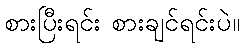
စားပြီးရင်း စားချင်ရင်းပဲ။